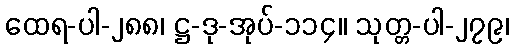
ထေရ-ပါ-၂၈၈၊ ဋ္ဌ-ဒု-အုပ်-၁၁၄။ သုတ္တ-ပါ-၂၇၉၊